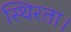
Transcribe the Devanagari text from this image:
स्थिरता।